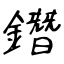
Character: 鐕